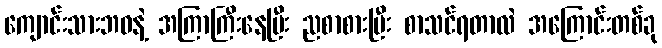
ကျောင်းသားဘဝနဲ့ အကြာကြီးနေပြီး ညစာစားပြီး စာသင်ရတာလဲ အကြောင်းတစ်ခု